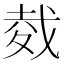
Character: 𢧇